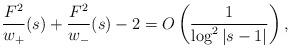
LaTeX: \begin{gather*}\frac{F^2}{w_+}(s) + \frac{F^2}{w_-}(s) - 2 = O\left(\frac{1}{\log^2\vert s-1\vert}\right) ,\end{gather*}